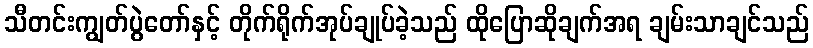
သီတင်းကျွတ်ပွဲတော်နှင့် တိုက်ရိုက်အုပ်ချုပ်ခဲ့သည် ထိုပြောဆိုချက်အရ ချမ်းသာချင်သည်